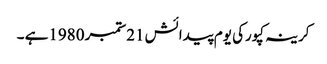
کرینہ کپورکی یوم پیدائش 21ستمبر 1980ہے ۔